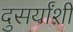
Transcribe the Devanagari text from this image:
दुसर्यांशी